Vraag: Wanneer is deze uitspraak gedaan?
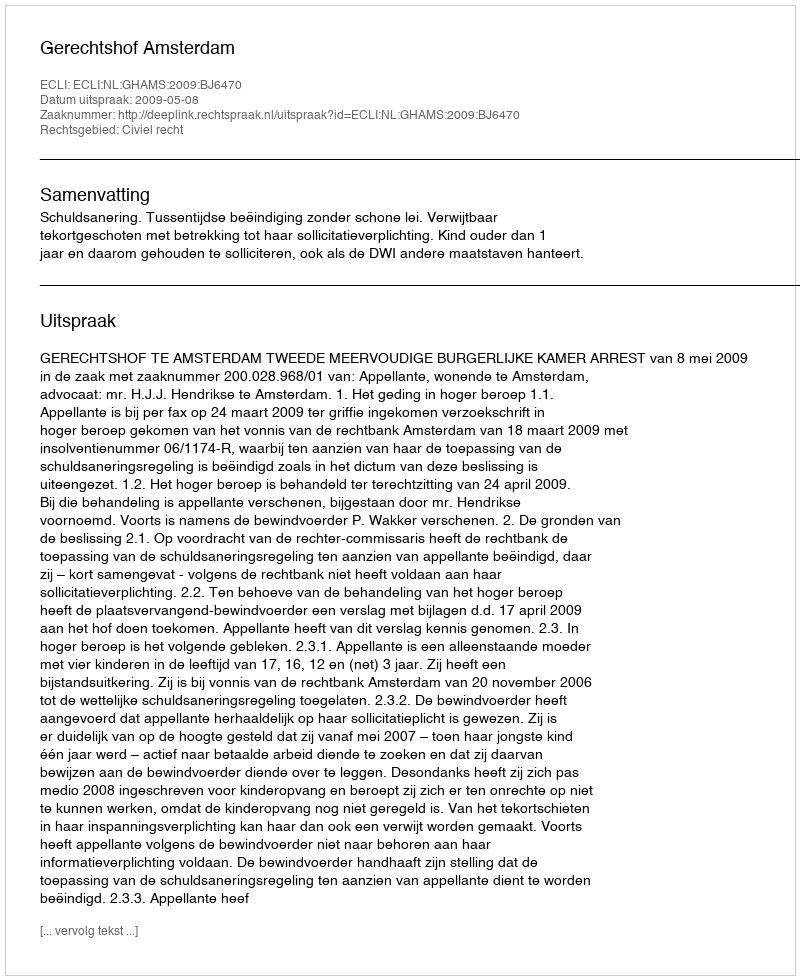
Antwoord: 2009-05-08